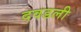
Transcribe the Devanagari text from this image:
दवडली